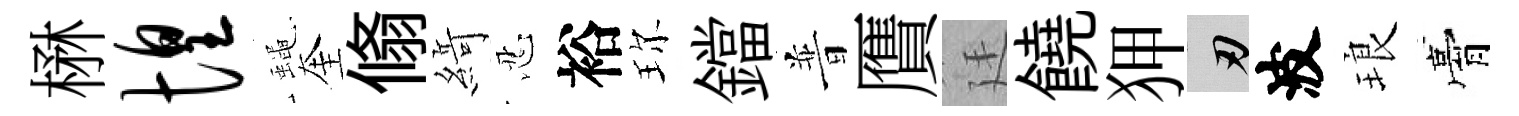
楙惶蠅奎翛𦂶忍裕珎鐺普贋廷饒狎刃波琅膏